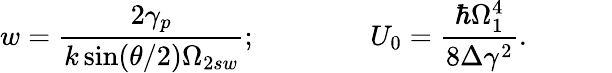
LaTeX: w=\frac{2\gamma_{p}}{k\sin(\theta/2)\Omega_{2sw}};\quad\quad\quad\quad U_{0}=\frac{\hbar\Omega_{1}^{4}}{8\Delta\gamma^{2}}.\quad\quad\quad